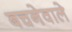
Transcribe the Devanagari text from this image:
बचनेवाले